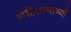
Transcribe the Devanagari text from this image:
संहिताभाष्यों